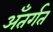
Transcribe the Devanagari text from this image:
अँतर्गत